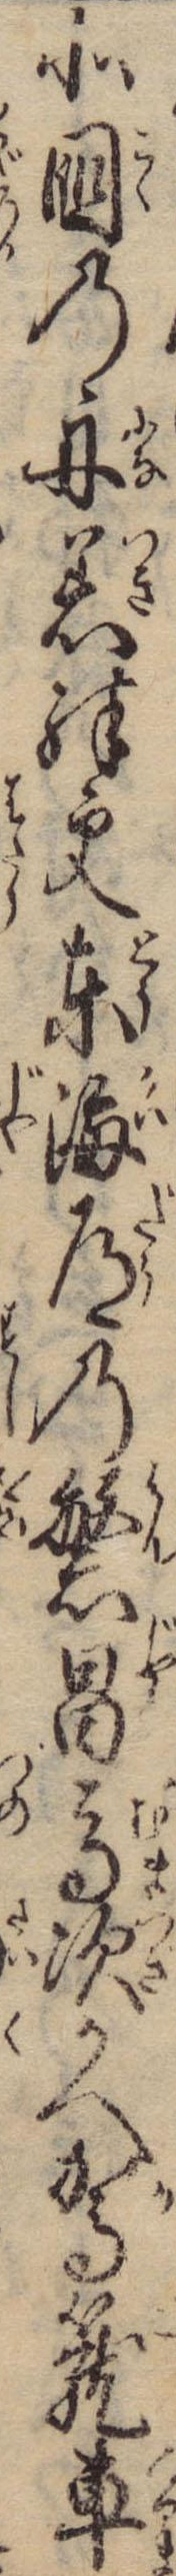
北国の舟着殊更東海道の繁昌馬次かへ駕篭車